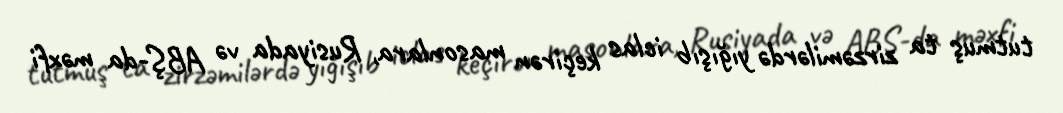
tutmuş ta zirzəmilərdə yığışıb iclas keçirən masonlara, Rusiyada və ABŞ-da məxfi